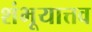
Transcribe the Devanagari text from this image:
शंभूयात्तव